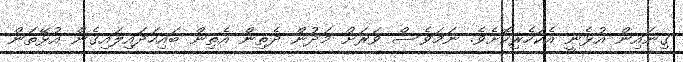
ގިނައިން އުޅެނީ އެކަހެރިކޮށެވެ. ނަމަވެސް ވަރަށް މަދުން ދެތިން އެތިން ބައިހަދައިލައިގެން އުޅޭތަން